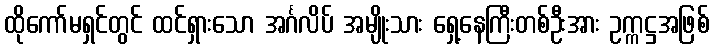
ထိုကော်မရှင်တွင် ထင်ရှားသော အင်္ဂလိပ် အမျိုးသား ရှေ့နေကြီးတစ်ဦးအား ဥက္ကဋ္ဌအဖြစ်